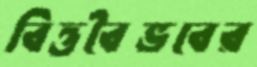
বিত্তবৈভবের